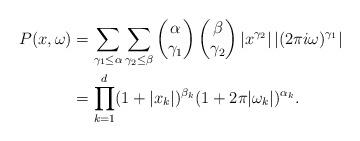
LaTeX: \begin{align*}P(x, \omega) & = \sum_{\gamma_1 \leq \alpha} \sum_{\gamma_2 \leq \beta}\begin{pmatrix}\alpha \\ \gamma_1\end{pmatrix}\begin{pmatrix}\beta \\ \gamma_2\end{pmatrix}|x^{\gamma_2}| \, |(2 \pi i \omega)^{\gamma_1}| \\& = \prod_{k=1}^d (1+|x_k|)^{\beta_k} (1 + 2 \pi |\omega_k|)^{\alpha_k}.\end{align*}